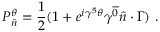
P _ { \hat { n } } ^ { \theta } = { \frac { 1 } { 2 } } ( 1 + e ^ { i \gamma ^ { 5 } \theta } \gamma ^ { \overline { { { 0 } } } } \hat { n } \cdot \Gamma ) \ .